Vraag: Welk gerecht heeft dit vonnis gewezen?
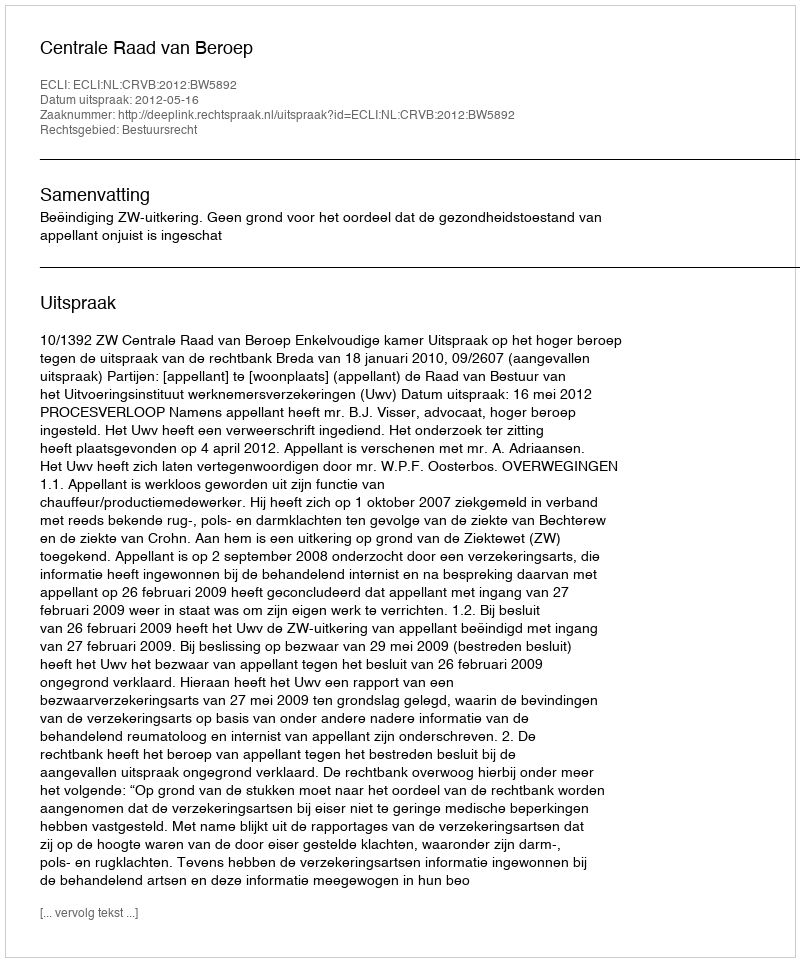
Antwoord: Centrale Raad van Beroep